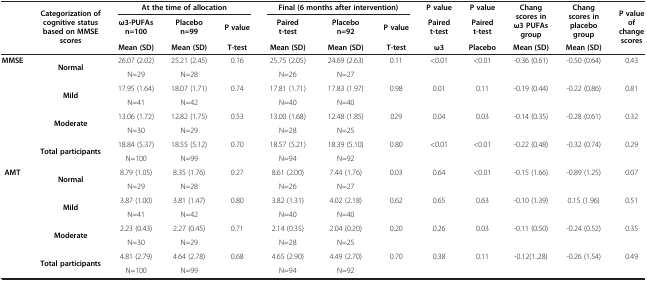
<table><thead><tr><td rowspan="2"><b> </b></td><td rowspan="2"><b>Categorization of cognitive status based on MMSE scores</b></td><td colspan="3"><b>At the time of allocation</b></td><td colspan="3"><b>Final (6 months after intervention)</b></td><td><b>P value</b></td><td><b>P value</b></td><td rowspan="2"><b>Chang scores in ω3 PUFAs group</b></td><td rowspan="2"><b>Chang scores in placebo group</b></td><td rowspan="2"><b>P value of change scores</b></td></tr><tr><td><b>ω3-PUFAsn=100</b></td><td><b>Placebon=99</b></td><td><b>P value</b></td><td><b>Pairedt-test</b></td><td><b>Placebon=92</b></td><td><b>P value</b></td><td><b>Pairedt-test</b></td><td><b>Pairedt-test</b></td></tr><tr><td><b> </b></td><td><b> </b></td><td><b>Mean (SD)</b></td><td><b>Mean (SD)</b></td><td><b>T-test</b></td><td><b>Mean (SD)</b></td><td><b>Mean (SD)</b></td><td><b>T-test</b></td><td><b>ω3</b></td><td><b>Placebo</b></td><td><b>Mean (SD)</b></td><td><b>Mean (SD)</b></td><td><b> </b></td></tr></thead><tbody><tr><td rowspan="8"><b>MMSE</b></td><td rowspan="2"><b>Normal</b></td><td>26.07 (2.02)</td><td>25.21 (2.45)</td><td>0.16</td><td>25.75 (2.05)</td><td>24.69 (2.63)</td><td>0.11</td><td>&lt;0.01</td><td>&lt;0.01</td><td>-0.36 (0.61)</td><td>-0.50 (0.64)</td><td>0.43</td></tr><tr><td>N=29</td><td>N=28</td><td> </td><td>N=26</td><td>N=27</td><td> </td><td> </td><td> </td><td> </td><td> </td><td> </td></tr><tr><td rowspan="2"><b>Mild</b></td><td>17.95 (1.64)</td><td>18.07 (1.71)</td><td>0.74</td><td>17.81 (1.71)</td><td>17.83 (1.97)</td><td>0.98</td><td>0.01</td><td>0.11</td><td>-0.19 (0.44)</td><td>-0.22 (0.86)</td><td>0.81</td></tr><tr><td>N=41</td><td>N=42</td><td> </td><td>N=40</td><td>N=40</td><td> </td><td> </td><td> </td><td> </td><td> </td><td> </td></tr><tr><td rowspan="2"><b>Moderate</b></td><td>13.06 (1.72)</td><td>12.82 (1.75)</td><td>0.53</td><td>13.00 (1.68)</td><td>12.48 (1.85)</td><td>029</td><td>0.04</td><td>0.03</td><td>-0.14 (0.35)</td><td>-0.28 (0.61)</td><td>0.32</td></tr><tr><td>N=30</td><td>N=29</td><td> </td><td>N=28</td><td>N=25</td><td> </td><td> </td><td> </td><td> </td><td> </td><td> </td></tr><tr><td rowspan="2"><b>Total participants</b></td><td>18.84 (5.37)</td><td>18.55 (5.12)</td><td>0.70</td><td>18.57 (5.21)</td><td>18.39 (5.10)</td><td>0.80</td><td>&lt;0.01</td><td>&lt;0.01</td><td>-0.22 (0.48)</td><td>-0.32 (0.74)</td><td>0.29</td></tr><tr><td>N=100</td><td>N=99</td><td> </td><td>N=94</td><td>N=92</td><td> </td><td> </td><td> </td><td> </td><td> </td><td> </td></tr><tr><td rowspan="7"><b>AMT</b></td><td rowspan="2"><b>Normal</b></td><td>8.79 (1.05)</td><td>8.35 (1.76)</td><td>0.27</td><td>8.61 (2.00)</td><td>7.44 (1.76)</td><td>0.03</td><td>0.64</td><td>&lt;0.01</td><td>-0.15 (1.66)</td><td>-0.89 (1.25)</td><td>0.07</td></tr><tr><td>N=29</td><td>N=28</td><td> </td><td>N=26</td><td>N=27</td><td> </td><td> </td><td> </td><td> </td><td> </td><td> </td></tr><tr><td rowspan="2"><b>Mild</b></td><td>3.87 (1.00)</td><td>3.81 (1.47)</td><td>0.80</td><td>3.82 (1.31)</td><td>4.02 (2.18)</td><td>0.62</td><td>0.65</td><td>0.63</td><td>-0.10 (1.39)</td><td>0.15 (1.96)</td><td>0.51</td></tr><tr><td>N=41</td><td>N=42</td><td> </td><td>N=40</td><td>N=40</td><td> </td><td> </td><td> </td><td> </td><td> </td><td> </td></tr><tr><td rowspan="2"><b>Moderate</b></td><td>2.23 (0.43)</td><td>2.27 (0.45)</td><td>0.71</td><td>2.14 (0.35)</td><td>2.04 (0.20)</td><td>0.20</td><td>0.26</td><td>0.03</td><td>-0.11 (0.50)</td><td>-0.24 (0.52)</td><td>0.35</td></tr><tr><td>N=30</td><td>N=29</td><td> </td><td>N=28</td><td>N=25</td><td> </td><td> </td><td> </td><td> </td><td> </td><td> </td></tr><tr><td><b>Total participants</b></td><td>4.81 (2.79)</td><td>4.64 (2.78)</td><td>0.68</td><td>4.65 (2.90)</td><td>4.49 (2.70)</td><td>0.70</td><td>0.38</td><td>0.11</td><td>-0.12(1..28)</td><td>-0.26 (1.54)</td><td>0.49</td></tr><tr><td> </td><td> </td><td>N=100</td><td>N=99</td><td> </td><td>N=94</td><td>N=92</td><td> </td><td> </td><td> </td><td> </td><td> </td><td> </td></tr></tbody></table>